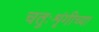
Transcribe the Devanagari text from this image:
चतुःशृंगीच्या